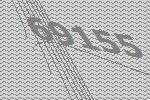
69155